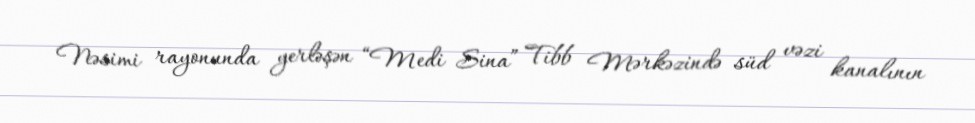
Nəsimi rayonunda yerləşən “Medi Sina” Tibb Mərkəzində süd vəzi kanalının